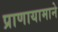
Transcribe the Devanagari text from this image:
प्राणायामाने